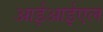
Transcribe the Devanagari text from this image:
आईआईएल